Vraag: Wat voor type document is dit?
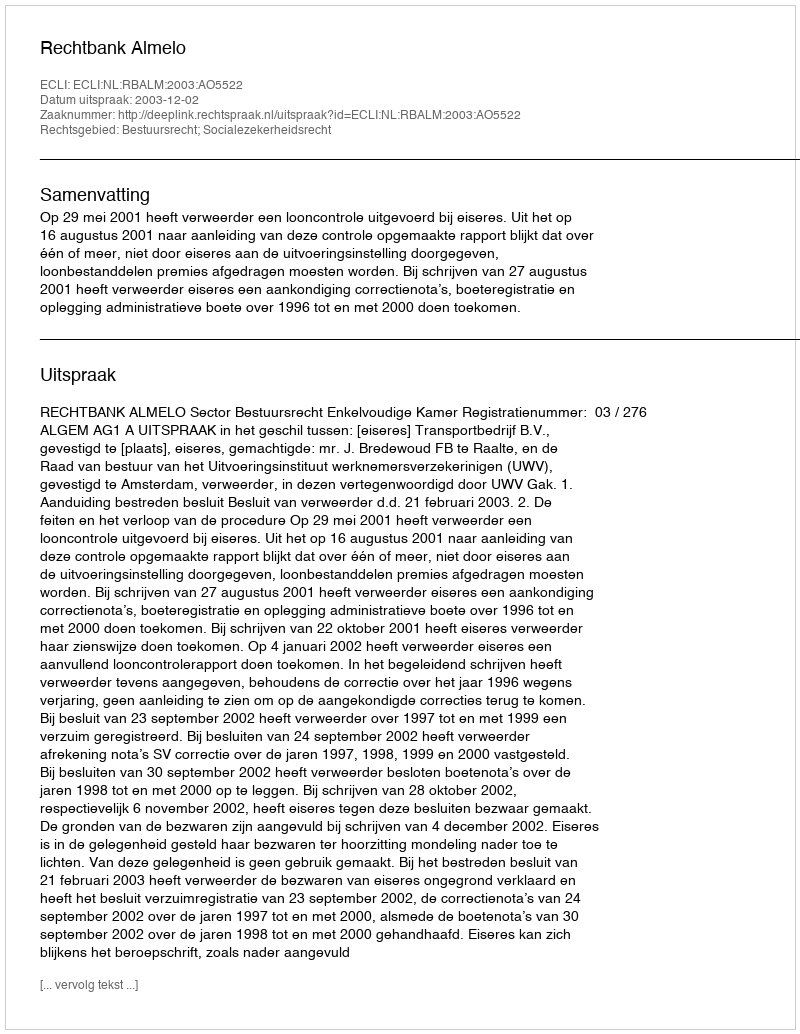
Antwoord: Uitspraak